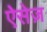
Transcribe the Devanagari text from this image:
ऐसेज़